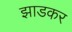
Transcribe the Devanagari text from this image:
झाडकर